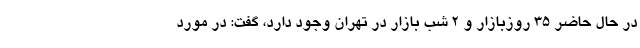
در حال حاضر ۳۵ روزبازار و ۲ شب بازار در تهران وجود دارد، گفت: در مورد